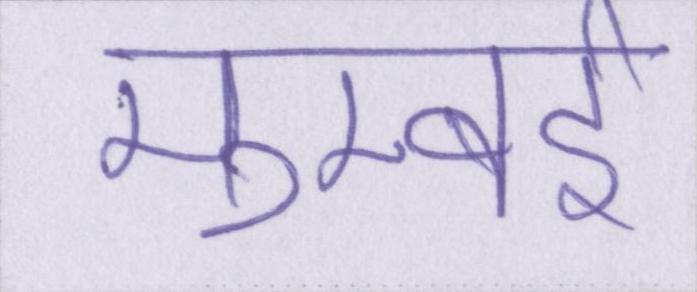
मुम्बई